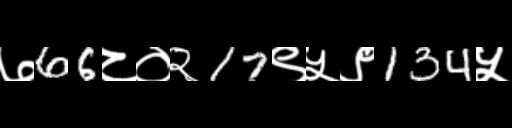
Text: ७66८०२17९५९134५